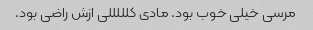
مرسی خیلی خوب بود. مادی کلللللی ازش راضی بود.